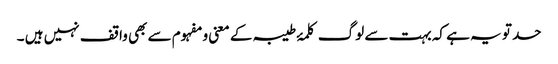
حد تو یہ ہے کہ بہت سے لوگ کلمۂ طیبہ کے معنی و مفہوم سے بھی واقف نہیں ہیں ۔